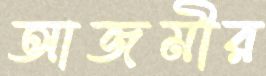
আজমীর